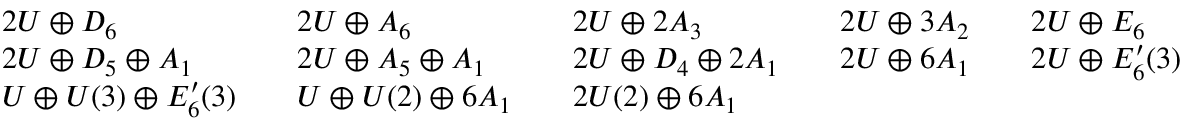
\begin{array} { r l r l r l r l r l r } & { 2 U \oplus D _ { 6 } } & & { 2 U \oplus A _ { 6 } } & & { 2 U \oplus 2 A _ { 3 } } & & { 2 U \oplus 3 A _ { 2 } } & & { 2 U \oplus E _ { 6 } } & \\ & { 2 U \oplus D _ { 5 } \oplus A _ { 1 } } & & { 2 U \oplus A _ { 5 } \oplus A _ { 1 } } & & { 2 U \oplus D _ { 4 } \oplus 2 A _ { 1 } } & & { 2 U \oplus 6 A _ { 1 } } & & { 2 U \oplus E _ { 6 } ^ { \prime } ( 3 ) } & \\ & { U \oplus U ( 3 ) \oplus E _ { 6 } ^ { \prime } ( 3 ) } & & { U \oplus U ( 2 ) \oplus 6 A _ { 1 } } & & { 2 U ( 2 ) \oplus 6 A _ { 1 } } & \end{array}